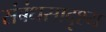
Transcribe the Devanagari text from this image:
संबंधसादृश्य